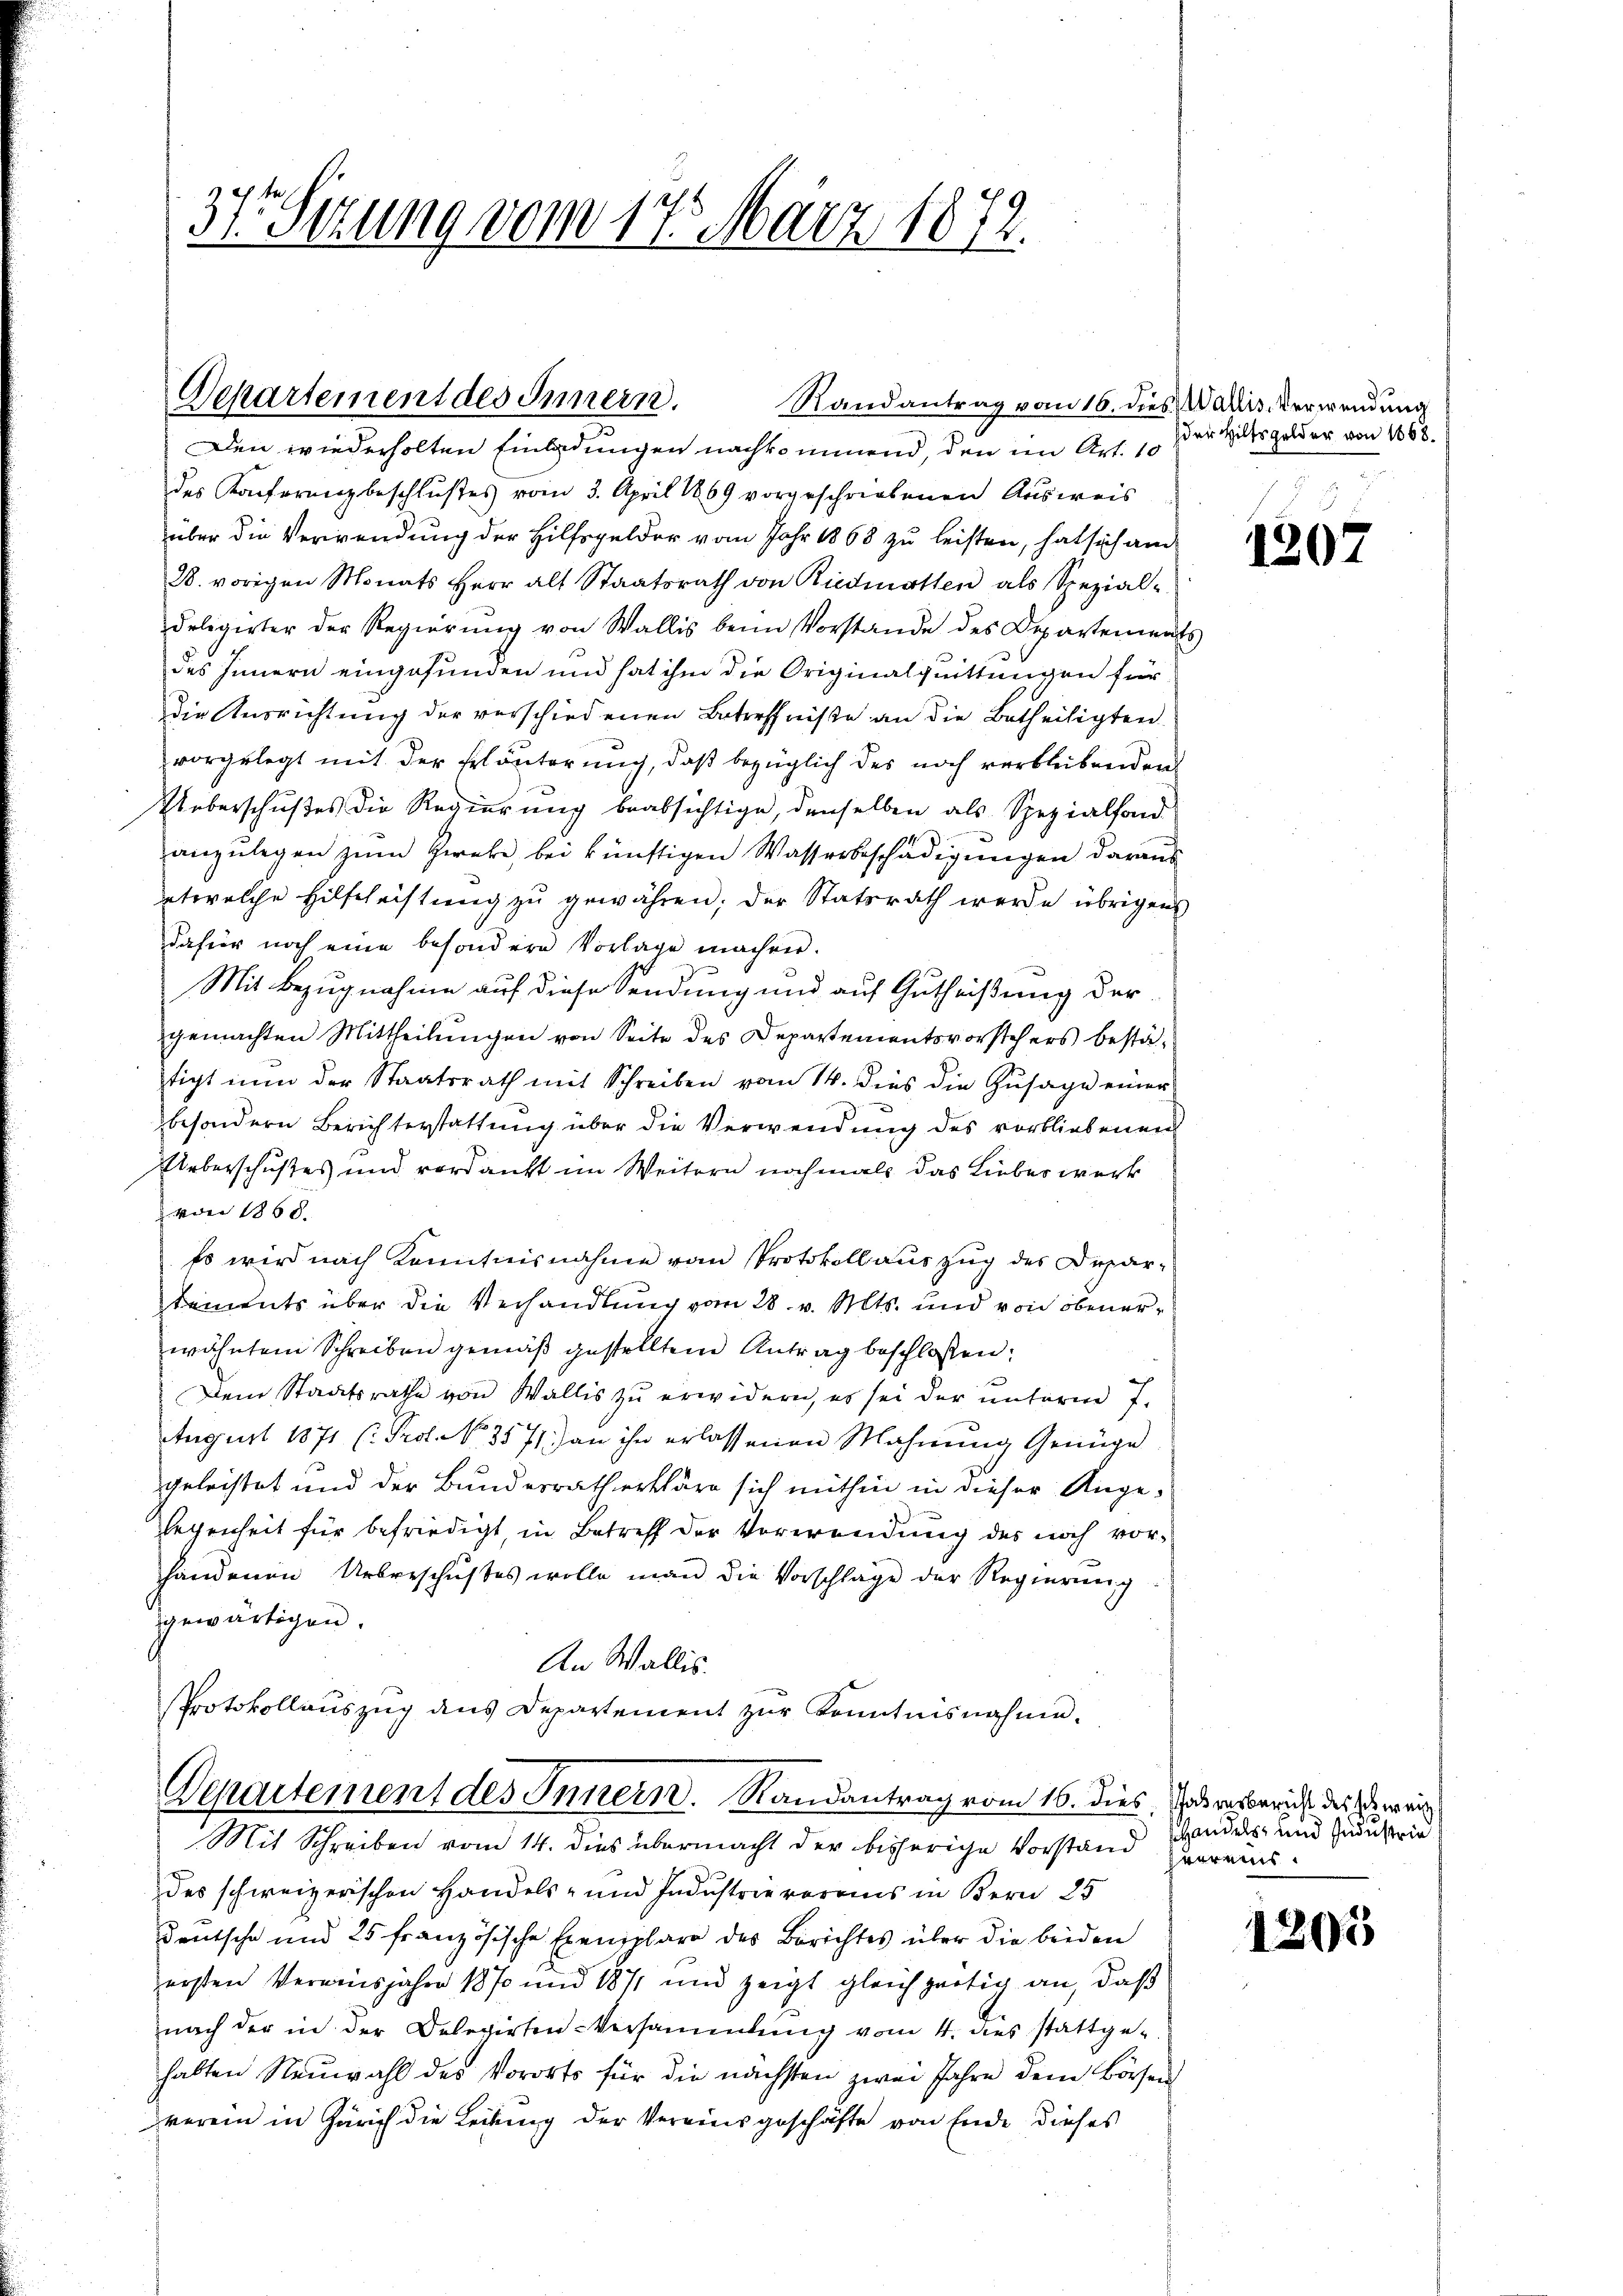
des Konferenzbeschlußes vom 3. April 1869 vorgeschriebenen Ausweis
züber die Verwendung der Hilfsgelder vom Jahr 1868 zu leisten, hat sich am
28. vorigen Monats Herr alt Staatsrath von Riedmatten als Spezial-
deligirter der Regierŭng von Wallis beim Vorstande des Departements
des Innern eingefunden und hat ihm die Originalquittungen für
die Ausrichtung der verschiedenen Betreffniße an die Betheiligten
vorgelegt mit der Erläuterung, daß bezüglich des noch verbleibenden
Ueberschußes die Regierung beabsichtige, denselben als Spezialfond
anzulegen zum Zweke, bei künftigen Wasserbeschädigungen daraus
etwelche Hilscheistung zu gewähren; der Statsrath werde übrigens
dafür noch eine besondere Vorlage machen.
Mit Bezugnahme auf diese Sendung und auf Gutheißung der
gemachten Mittheilungen von Seite des Departementsvorstehers bestätigt nun der Staatsrath mit Schreiben vom 14. dies die Zusage einer
besondern Berichterstattung über die Verwendung des vorbliebenen
Ueberschußes und verdankt im Weitern nochmals das Lieber werk
von 1868.
Es wird nach Kenntnisnahme vom Protokoll auszug des Departements über die Verhandlung vom 28. v. Mts. und von obenerwähntem Schreiben gemäß gestellten Antrag beschlossen:
Dem Staatsrathe von Wallis zu erwidern, es sei der unterm 7.
August 1871 (: Prof. No. 3571) an ihn erlassenen Mahnung Genüge
geleistet und der Bundesrath erkläre sich mithin in dieser Angelegenheit für befriedigt, in Betreff der Verwendung des noch vorhandenen Unbeschustes wolle man die Vorschläge der Regierung
gewärtigen.
An Wallis.
Protokollauszug aus Departement zur Kenntnisnahme.

37. Sizung vom 17. März 1872.

Departement des Innern.
Randantrag vom 16. dies Wallis, Verwendung
Den wiederholten Einladungen nachkommend, den im Art. 10

Departement des Innern. Randantrag vom 16. dies, adresbericht des Bewei
Mit Schreiben vom 14. dies übermacht der bisherige Vorstand Herreis¬

des schweizerischen Handels- und Industrie voreins in Bern 25
Deutsche und 25 französische Exemplare des Berichtes über die beiden
ersten Verminsjahre 1870 und 1871 und zeigt gleichzeitig an, daß
nach der in der Delegirten-Versammlung vom 4. dies stattge-
habten Neuwahl des Vororts für die nächsten zwei Jahre dem Börsen
verein in Zürich die Leitung der Vereinsgeschäfte von Ende dieses

der Hilfsgelder von 1668.

120.

Handels- und Industrie

1305